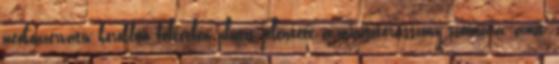
neokonzervatív körökben feltétlen pluszt jelentett a miniszterasszony számára, amit,